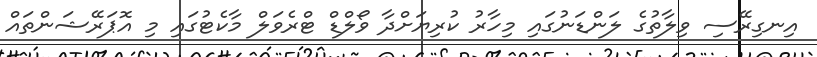
އިނގިރޭސި ވިލާތުގެ ލަންޑަނުގައި މިހާރު ކުރިޔަށްދާ ވޯލްޑް ޓްރެވަލް މާކެޓުގައި މި އޮޕަރޭޝަންތައް